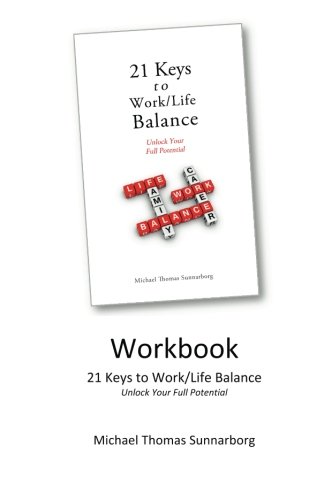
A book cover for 21 Keys to Work/Life Balance Workbook; Michael Thomas Sunnarborg; Business & Money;